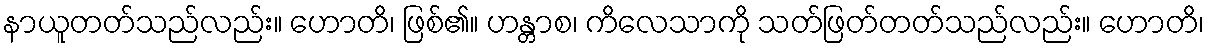
နာယူတတ်သည်လည်း။ ဟောတိ၊ ဖြစ်၏။ ဟန္တာစ၊ ကိလေသာကို သတ်ဖြတ်တတ်သည်လည်း။ ဟောတိ၊